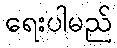
ရေးပါမည်